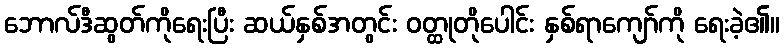
ဘောလ်ဒီဆွတ်ကိုရေးပြီး ဆယ်နှစ်အတွင်း ဝတ္ထုတိုပေါင်း နှစ်ရာကျော်ကို ရေးခဲ့၏။